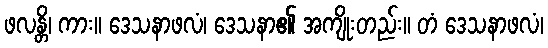
ဖလန္တိ၊ ကား။ ဒေသနာဖလံ၊ ဒေသနာ၏ အကျိုးတည်း။ တံ ဒေသနာဖလံ၊